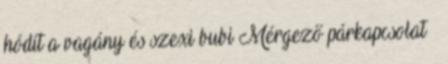
hódít a vagány és szexi bubi Mérgező párkapcsolat –